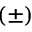
( \pm )